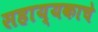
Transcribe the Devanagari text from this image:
सहाय्यकाचे